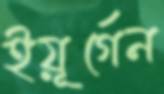
ইয়ূর্গেন